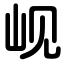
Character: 岘